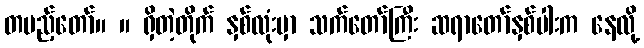
တပည့်တော်။ ။ ရှိတဲ့တိုက် နှစ်လုံးမှာ သက်တော်ကြီး ဆရာတော်နှစ်ပါးက နေလို့